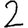
Digit: 2